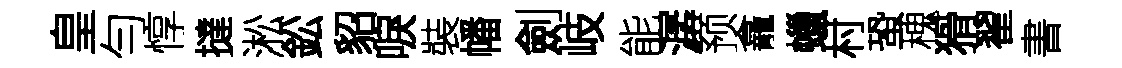
皇勻惇撻淞鈆貂唳裝幡劍岐能潺预龕蠟村蛩槐猾翟書